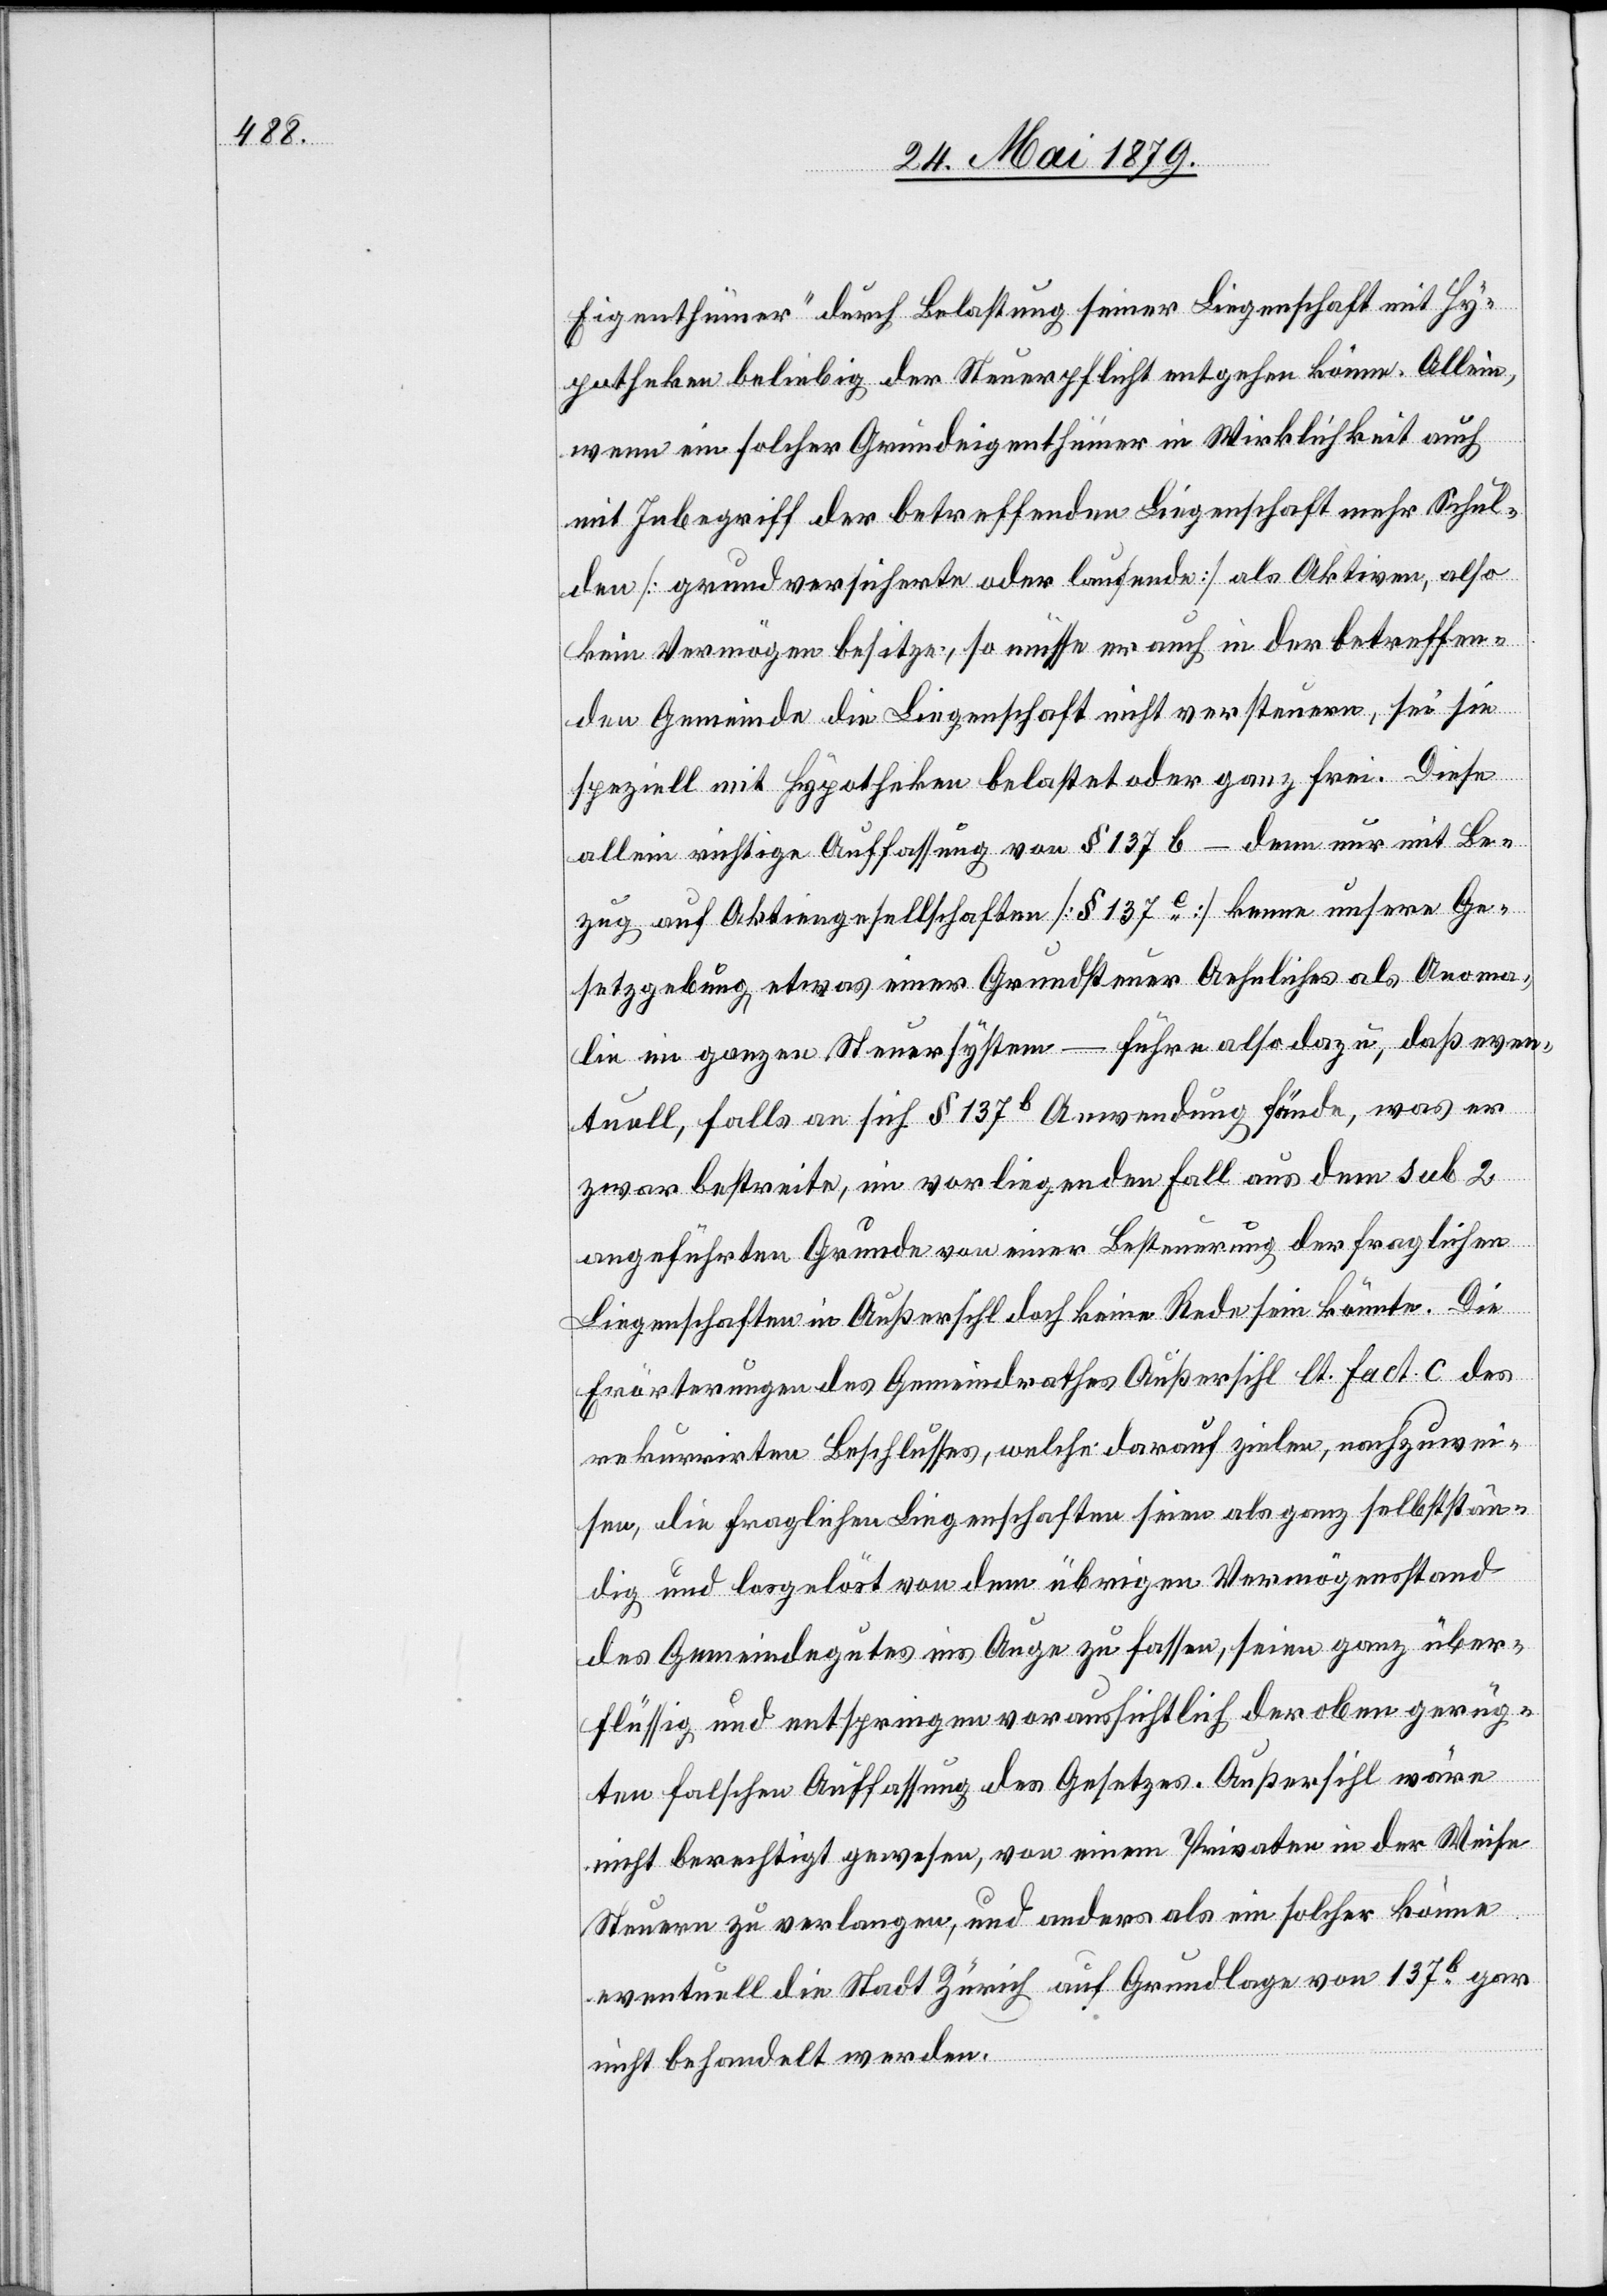
Eigenthümer“ durch Belastung seiner Liegenschaft mit Hy¬
potheken beliebig der Steuerpflicht entgehen könne. Allein,
wenn ein solcher Grundeigenthümer in Wirklichkeit auch
mit Inbegriff der betreffenden Liegenschaft mehr Schul¬
den [grundversicherte oder laufende] als Aktiven, also
kein Vermögen besitze, so müsse er auch in der betreffen¬
den Gemeinde die Liegenschaft nicht versteuern, sei sie
speziell mit Hypotheken belastet oder ganz frei. Diese
allein richtige Auffassung von § 137 b – denn nur mit Be¬
zug auf Aktiengesellschaften [§ 137e] kenne unsere Ge¬
setzgebung etwas einer Grundsteuer Aehnliches als Anoma¬
lie im ganzen Steuersystem – führe also dazu, daß even¬
tuell, falls an sich § 137b Anwendung fände, was er
zwar bestreite, im vorliegenden Fall aus dem sub 2
angeführten Grunde von einer Besteuerung der fraglichen
Liegenschaften in Außersihl doch keine Rede sein könnte. Die
Erörterungen des Gemeindrathes Außersihl lt. Fact. C des
rekurrirten Beschlusses, welche darauf zielen, nachzuwei¬
sen, die fraglichen Liegenschaften seien als ganz selbststän¬
dig und losgelöst von dem übrigen Vermögensstand
des Gemeindegutes ins Auge zu fassen, seien ganz über¬
flüssig und entspringen voraussichtlich der oben gerüg¬
ten falschen Auffassung des Gesetzes. Außersihl wäre
nicht berechtigt gewesen, von einem Privaten in der Weise
Steuern zu verlangen, und anders als ein solcher könne
eventuell die Stadt Zürich auf Grundlage von 137b gar
nicht behandelt werden.